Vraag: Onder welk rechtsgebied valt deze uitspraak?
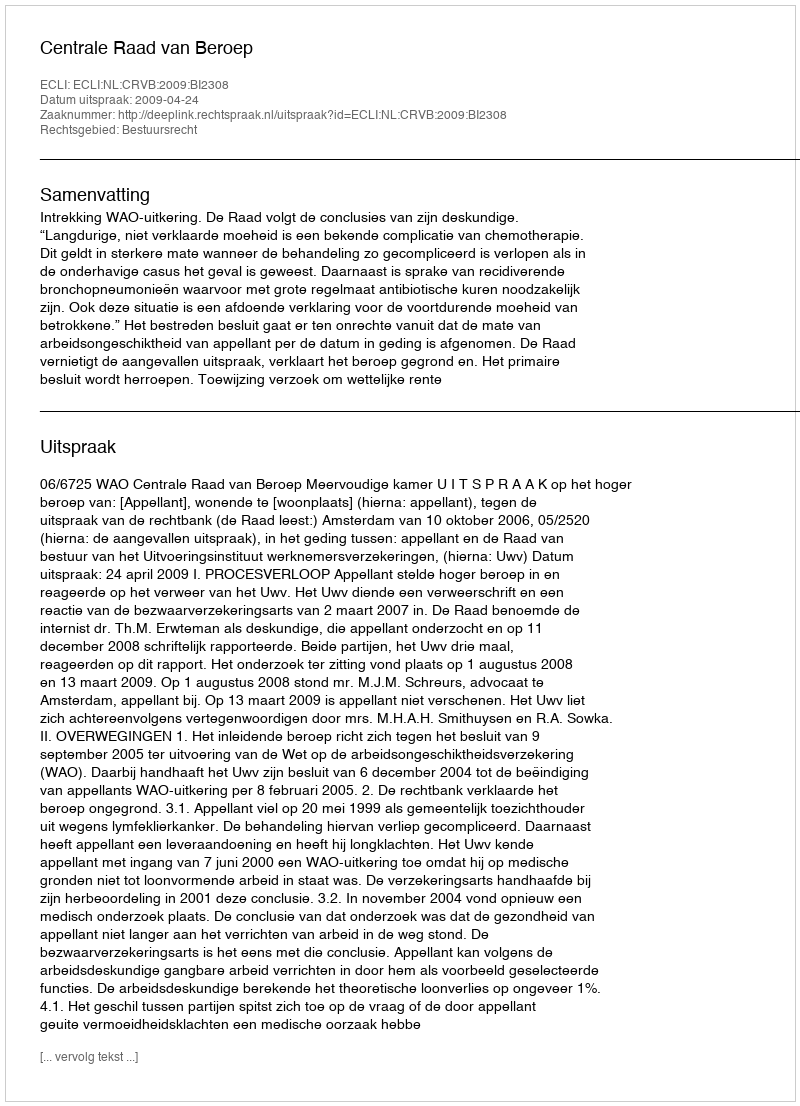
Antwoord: Bestuursrecht